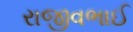
રાજીવભાઈ